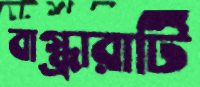
বাগ্ধারাটি